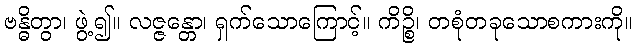
ဗန္ဓိတွာ၊ ဖွဲ့၍။ လဇ္ဇန္တော၊ ရှက်သောကြောင့်။ ကိဉ္စိ၊ တစုံတခုသောစကားကို။